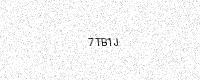
Text: 7TB1J